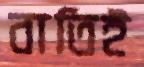
বাতিই